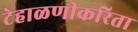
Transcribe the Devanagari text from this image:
टेहाळणीकरिता